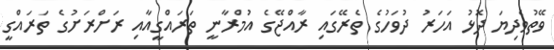
ވޭތުވެދިޔަ ދޮޅު އަހަރު ދުވަހުގެ ތެރޭގައި ރާއްޖޭގެ އުމްރާނީ ތަރައްގީއާއި ރަށްރަށުގެ ތަރައްގީ